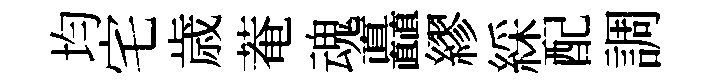
均宅歳菴魂矗繆綵配調